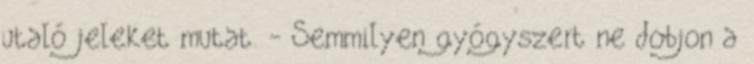
utaló jeleket mutat. - Semmilyen gyógyszert ne dobjon a